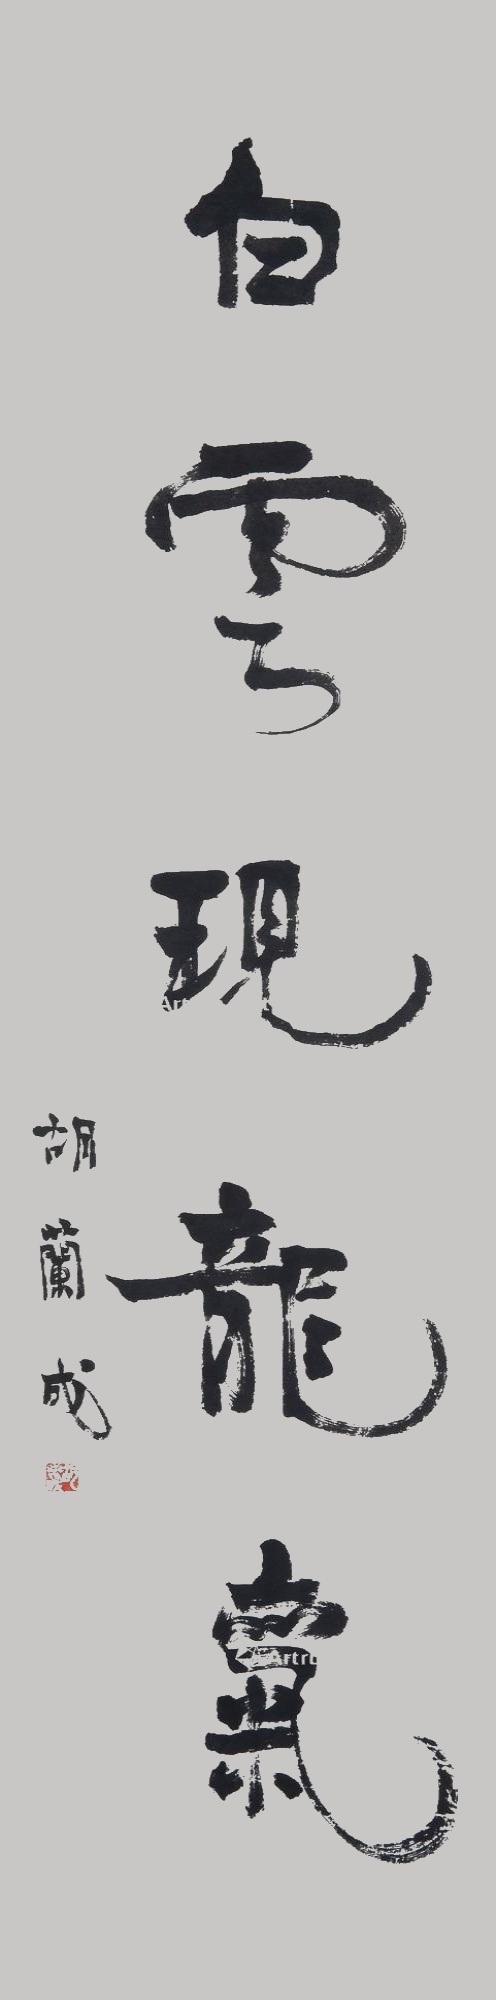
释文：白云现龙气胡兰成